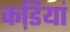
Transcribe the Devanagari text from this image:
कडि़यां